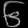
Digit: ၆